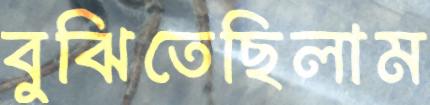
বুঝিতেছিলাম